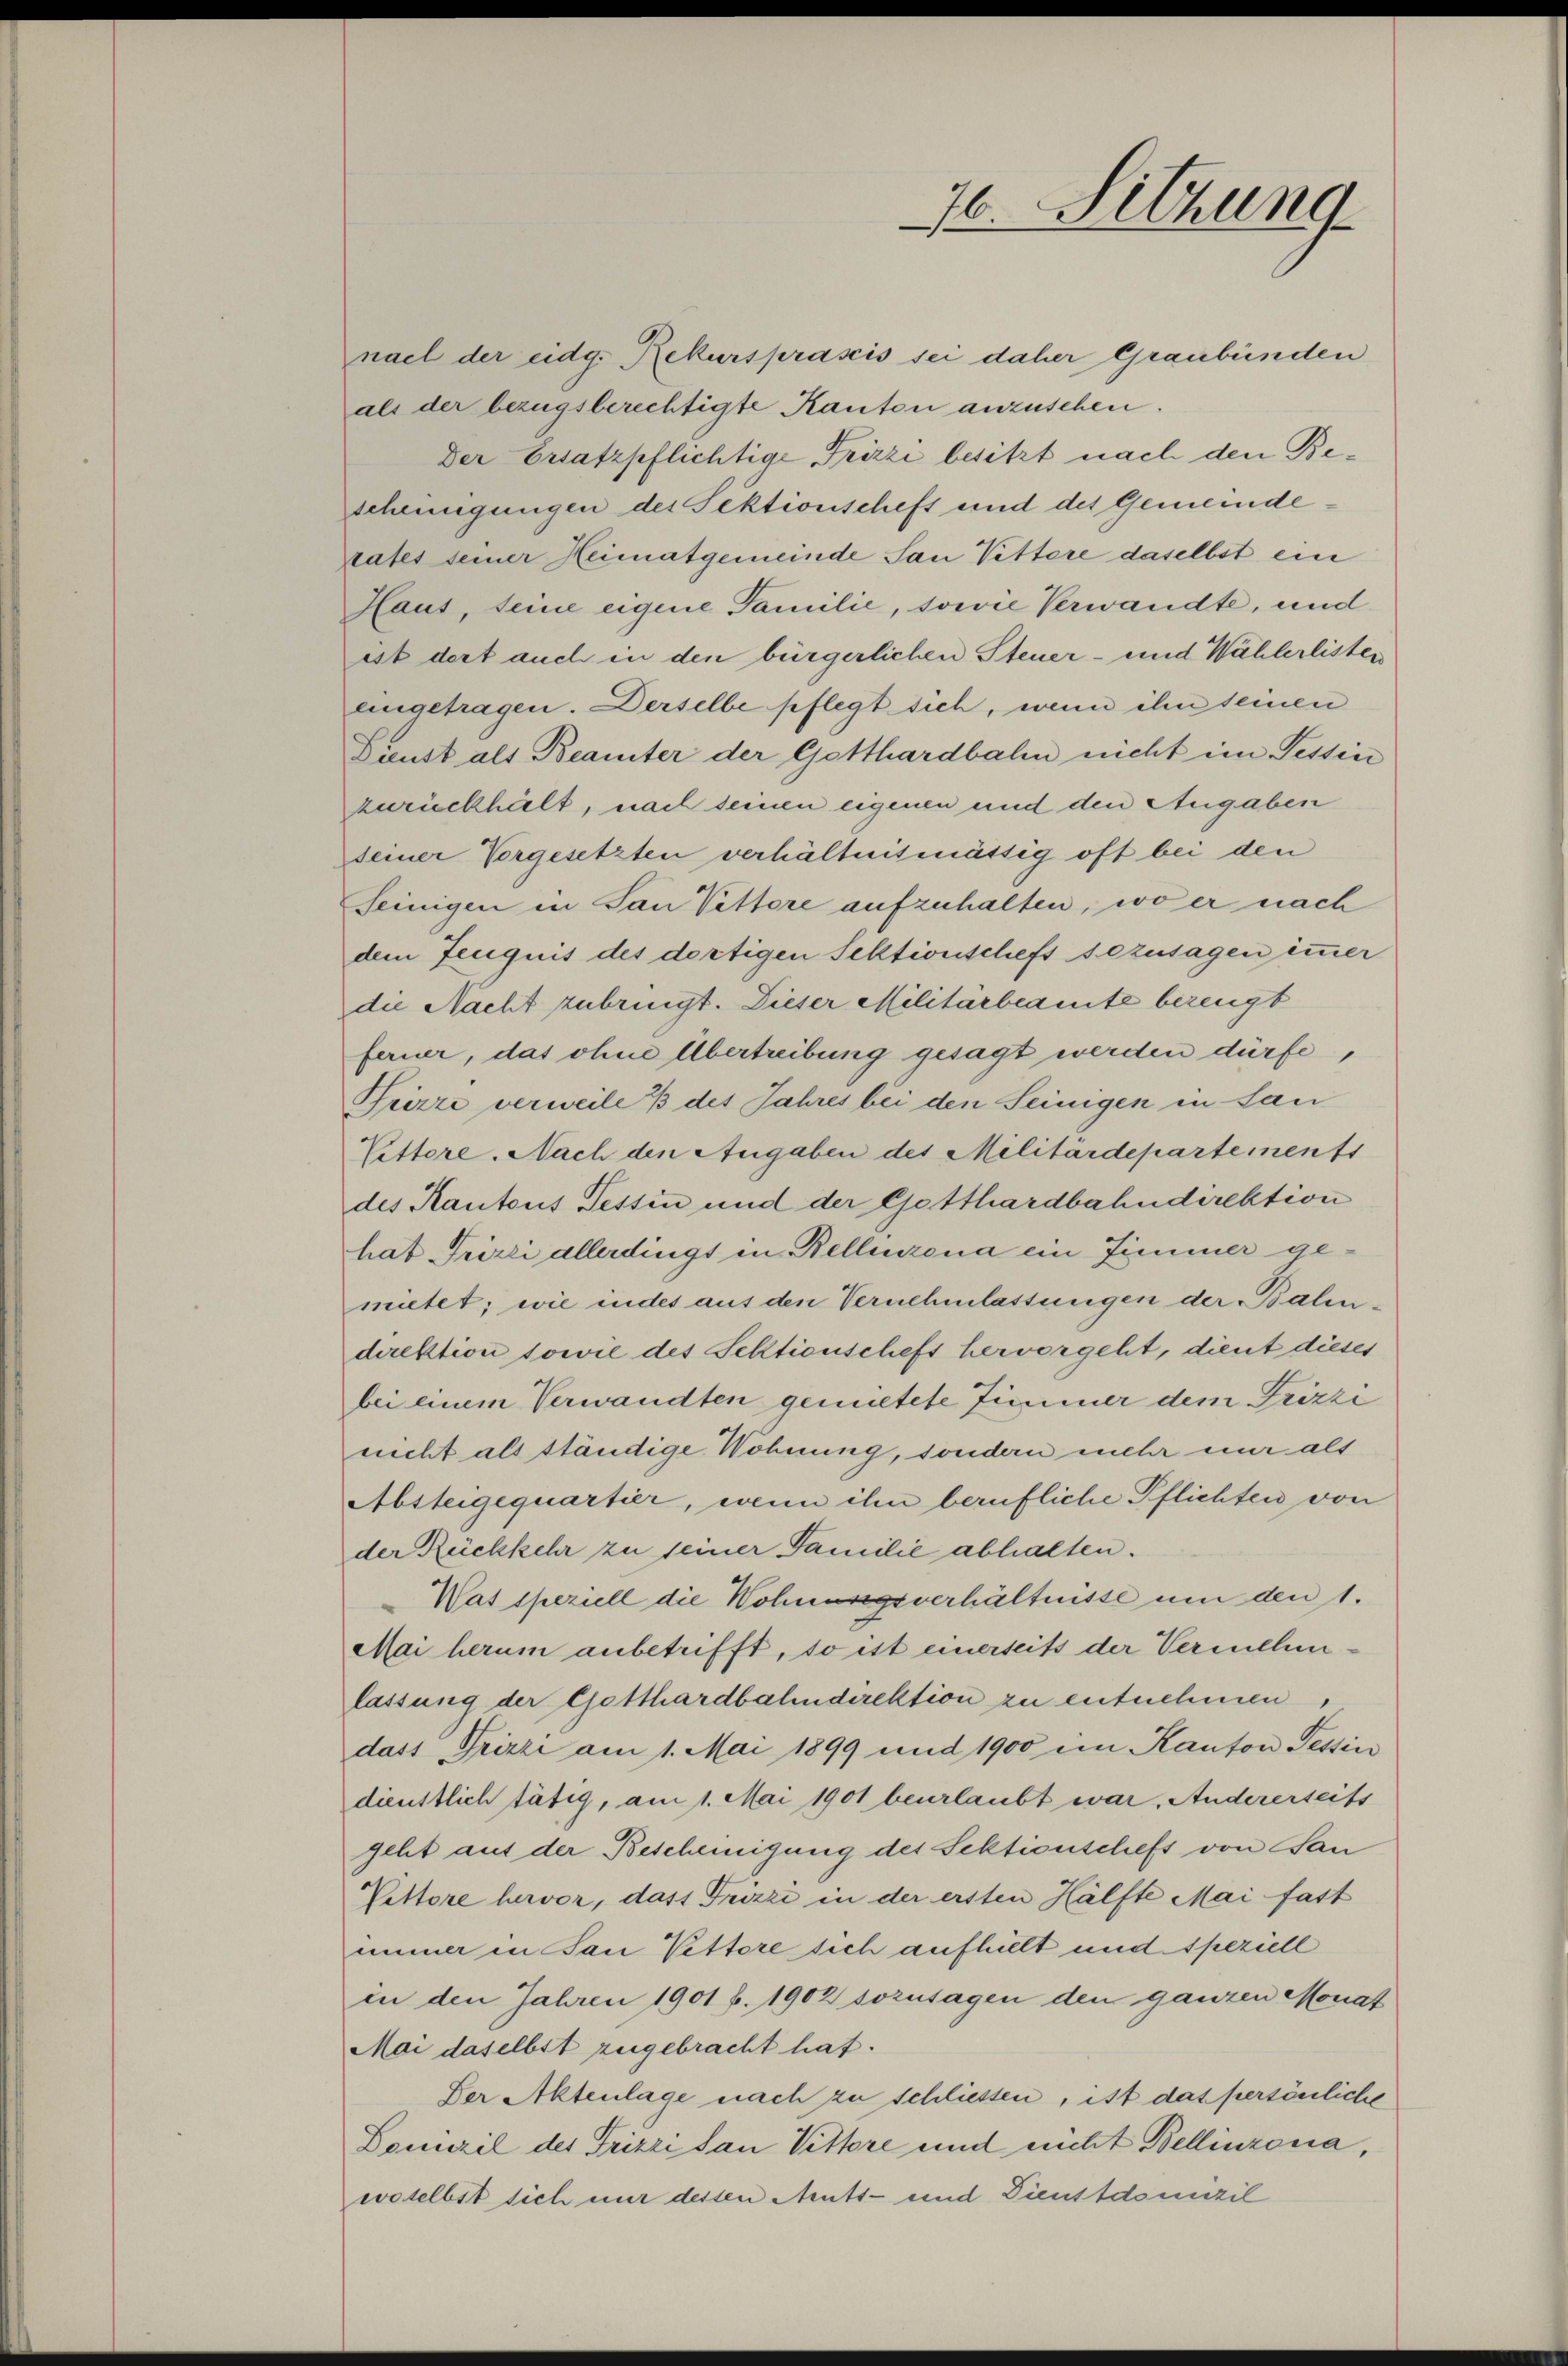
nach der eidg. Rekursprasis sei daher Graubünden
als der bezugsberechtigte Kanton anzusehen.
Der Ersatzpflichtige Frizzi besitzt nach den Bescheinigungen des Sektionscheft und des Gemeindeates seiner Heimatgemeinde San Vettere daselbst ein
Haut, teine eigene Familie, sowie Verwandte, und
ist dort auch in den bürgerlichen Steuer- und Wählerlisten
eingetragen. Derselbe pflegt sich, wenn ihn seinen
Dienst als Beamter der Gotthardbahn nicht im Tessin
zurückhält, nach seinen eigenen und den Angaben
deiner Vorgesetzten verhältnismässig oft bei den
Seinigen in San Pettore aufzuhalten, wo er nach
dem Zeugnis des dortigen Sektionschefs sozusagen immer
die Nacht zubringt. Dieser Militärbeamte bezeugt
ferner, das ohne Übertreibung gesagt werden dürfe,
Trirre verweile 3 des Jahres bei den Seinigen in San
Lettere. Nach den Angaben des Militärdepartements
des Kantons Tessin und der Gotthardbahndirektion
hat Triri allerdings in Bellinzona ein Zimmer gemutet; wie indes aus den Vernehmlassungen der Balindirektion sowie des Sektionschefs hervorgeht, dient dieses
bei einem Verwandten gemietete Zimmer dem Frizzi
nicht als ständige Wohnung, sondern mehr nur als
Absteigequartier, wenn ihn berufliche Pflichten von
der Rückkehr zu seiner Familie abhalten.
Was speziell die Wohnungsverhältnisse um den 1.
Mai herum anbetrifft, so ist einerseits der Vermehenlassung der Gotthardbahndirektion zu entnehmen,
dass Frizzi am 1. Mai 1899 und 1900 im Kanton Tessin
dienstlich tätig, am 1. Mai 1901 beurlaubt war. Andererseits
geht auf der Bescheinigung des Sektionschefs von San
Rettore hervor, dass Frizzi in der ersten Hälfte Mai fast
immer in San Pettore sich aufhielt und speziell
in den Jahren 1901 f. 1902 sozusagen den ganzen Monat
Mai daselbst zugebracht hat.
Der Aktenlage nach zu schliessen, ist das persönliche
Domizil des Frizzi San Vittore und nicht Bellinzona,
woselbst sich nur dessen Amts- und Dienstdounzil

76. Sitzung